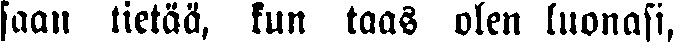
saan tietää, kun taas olen luonasi,